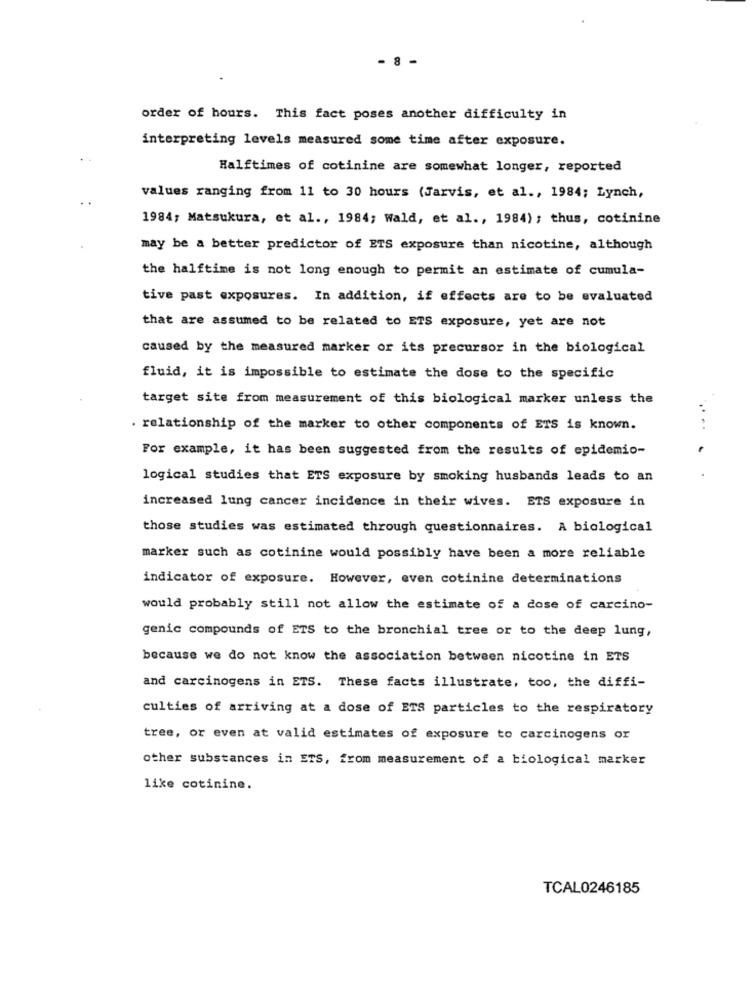
8-
order of hours. This fact poses another difficulty in
interpreting levels measured some time after exposure.
Halftimes of cotinine are somewhat longer, reported
values ranging from 11 to 30 hours (Jarvis, et al ., 1984; Lynch,
1984; Matsukura, et al ., 1984; Wald, et al ., 1984) ; thus, cotinine
may be a better predictor of ETS exposure than nicotine, although
the halftime is not long enough to permit an estimate of cumula-
tive past exposures. In addition, if effects are to be evaluated
that are assumed to be related to ETS exposure, yet are not
caused by the measured marker or its precursor in the biological
fluid, it is impossible to estimate the dose to the specific
target site from measurement of this biological marker unless the
...
. relationship of the marker to other components of ETS is known.
For example, it has been suggested from the results of epidemio-
logical studies that ETS exposure by smoking husbands leads to an
increased lung cancer incidence in their wives. ETS exposure in
those studies was estimated through questionnaires. A biological
marker such as cotinine would possibly have been a more reliable
indicator of exposure. However, even cotinine determinations
would probably still not allow the estimate of a dose of carcino-
genic compounds of ETS to the bronchial tree or to the deep lung,
because we do not know the association between nicotine in ETS
and carcinogens in ETS. These facts illustrate, too, the diffi-
culties of arriving at a dose of ETS particles to the respiratory
tree, or even at valid estimates of exposure to carcinogens or
other substances in ETS, from measurement of a biological marker
like cotinine.
TCAL0246185